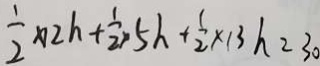
\frac { 1 } { 2 } \times 1 2 h + \frac { 1 } { 2 } \times 5 h + \frac { 1 } { 2 } \times 1 3 h = 3 0